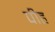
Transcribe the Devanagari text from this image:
पीह